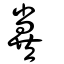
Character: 糞